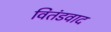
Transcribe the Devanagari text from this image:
वितंडवाद